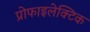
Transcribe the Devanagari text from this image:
प्रोफाइलेक्टिक